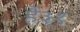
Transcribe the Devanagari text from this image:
हैं३१